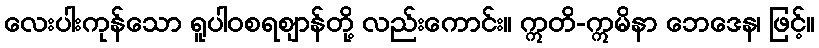
လေးပါးကုန်သော ရူပါဝစရဈာန်တို့ လည်းကောင်း။ ဣတိ-ဣမိနာ ဘေဒေန၊ ဖြင့်။